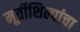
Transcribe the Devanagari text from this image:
मूर्तीशिल्पांचा